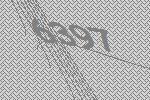
6397